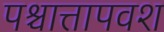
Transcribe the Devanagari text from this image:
पश्चात्तापवश